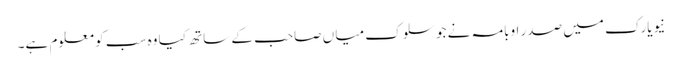
نیویارک میں صدر اوبامہ نے جو سلوک میا ں صاحب کے ساتھ کیا وہ سب کو معلوم ہے۔